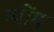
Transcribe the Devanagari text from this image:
ग्योंग